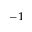
^ { - 1 }